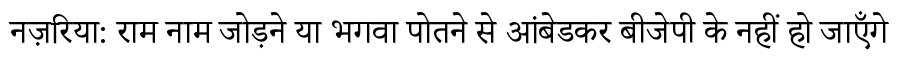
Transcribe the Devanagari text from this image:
नज़रिया: राम नाम जोड़ने या भगवा पोतने से आंबेडकर बीजेपी के नहीं हो जाएँगे